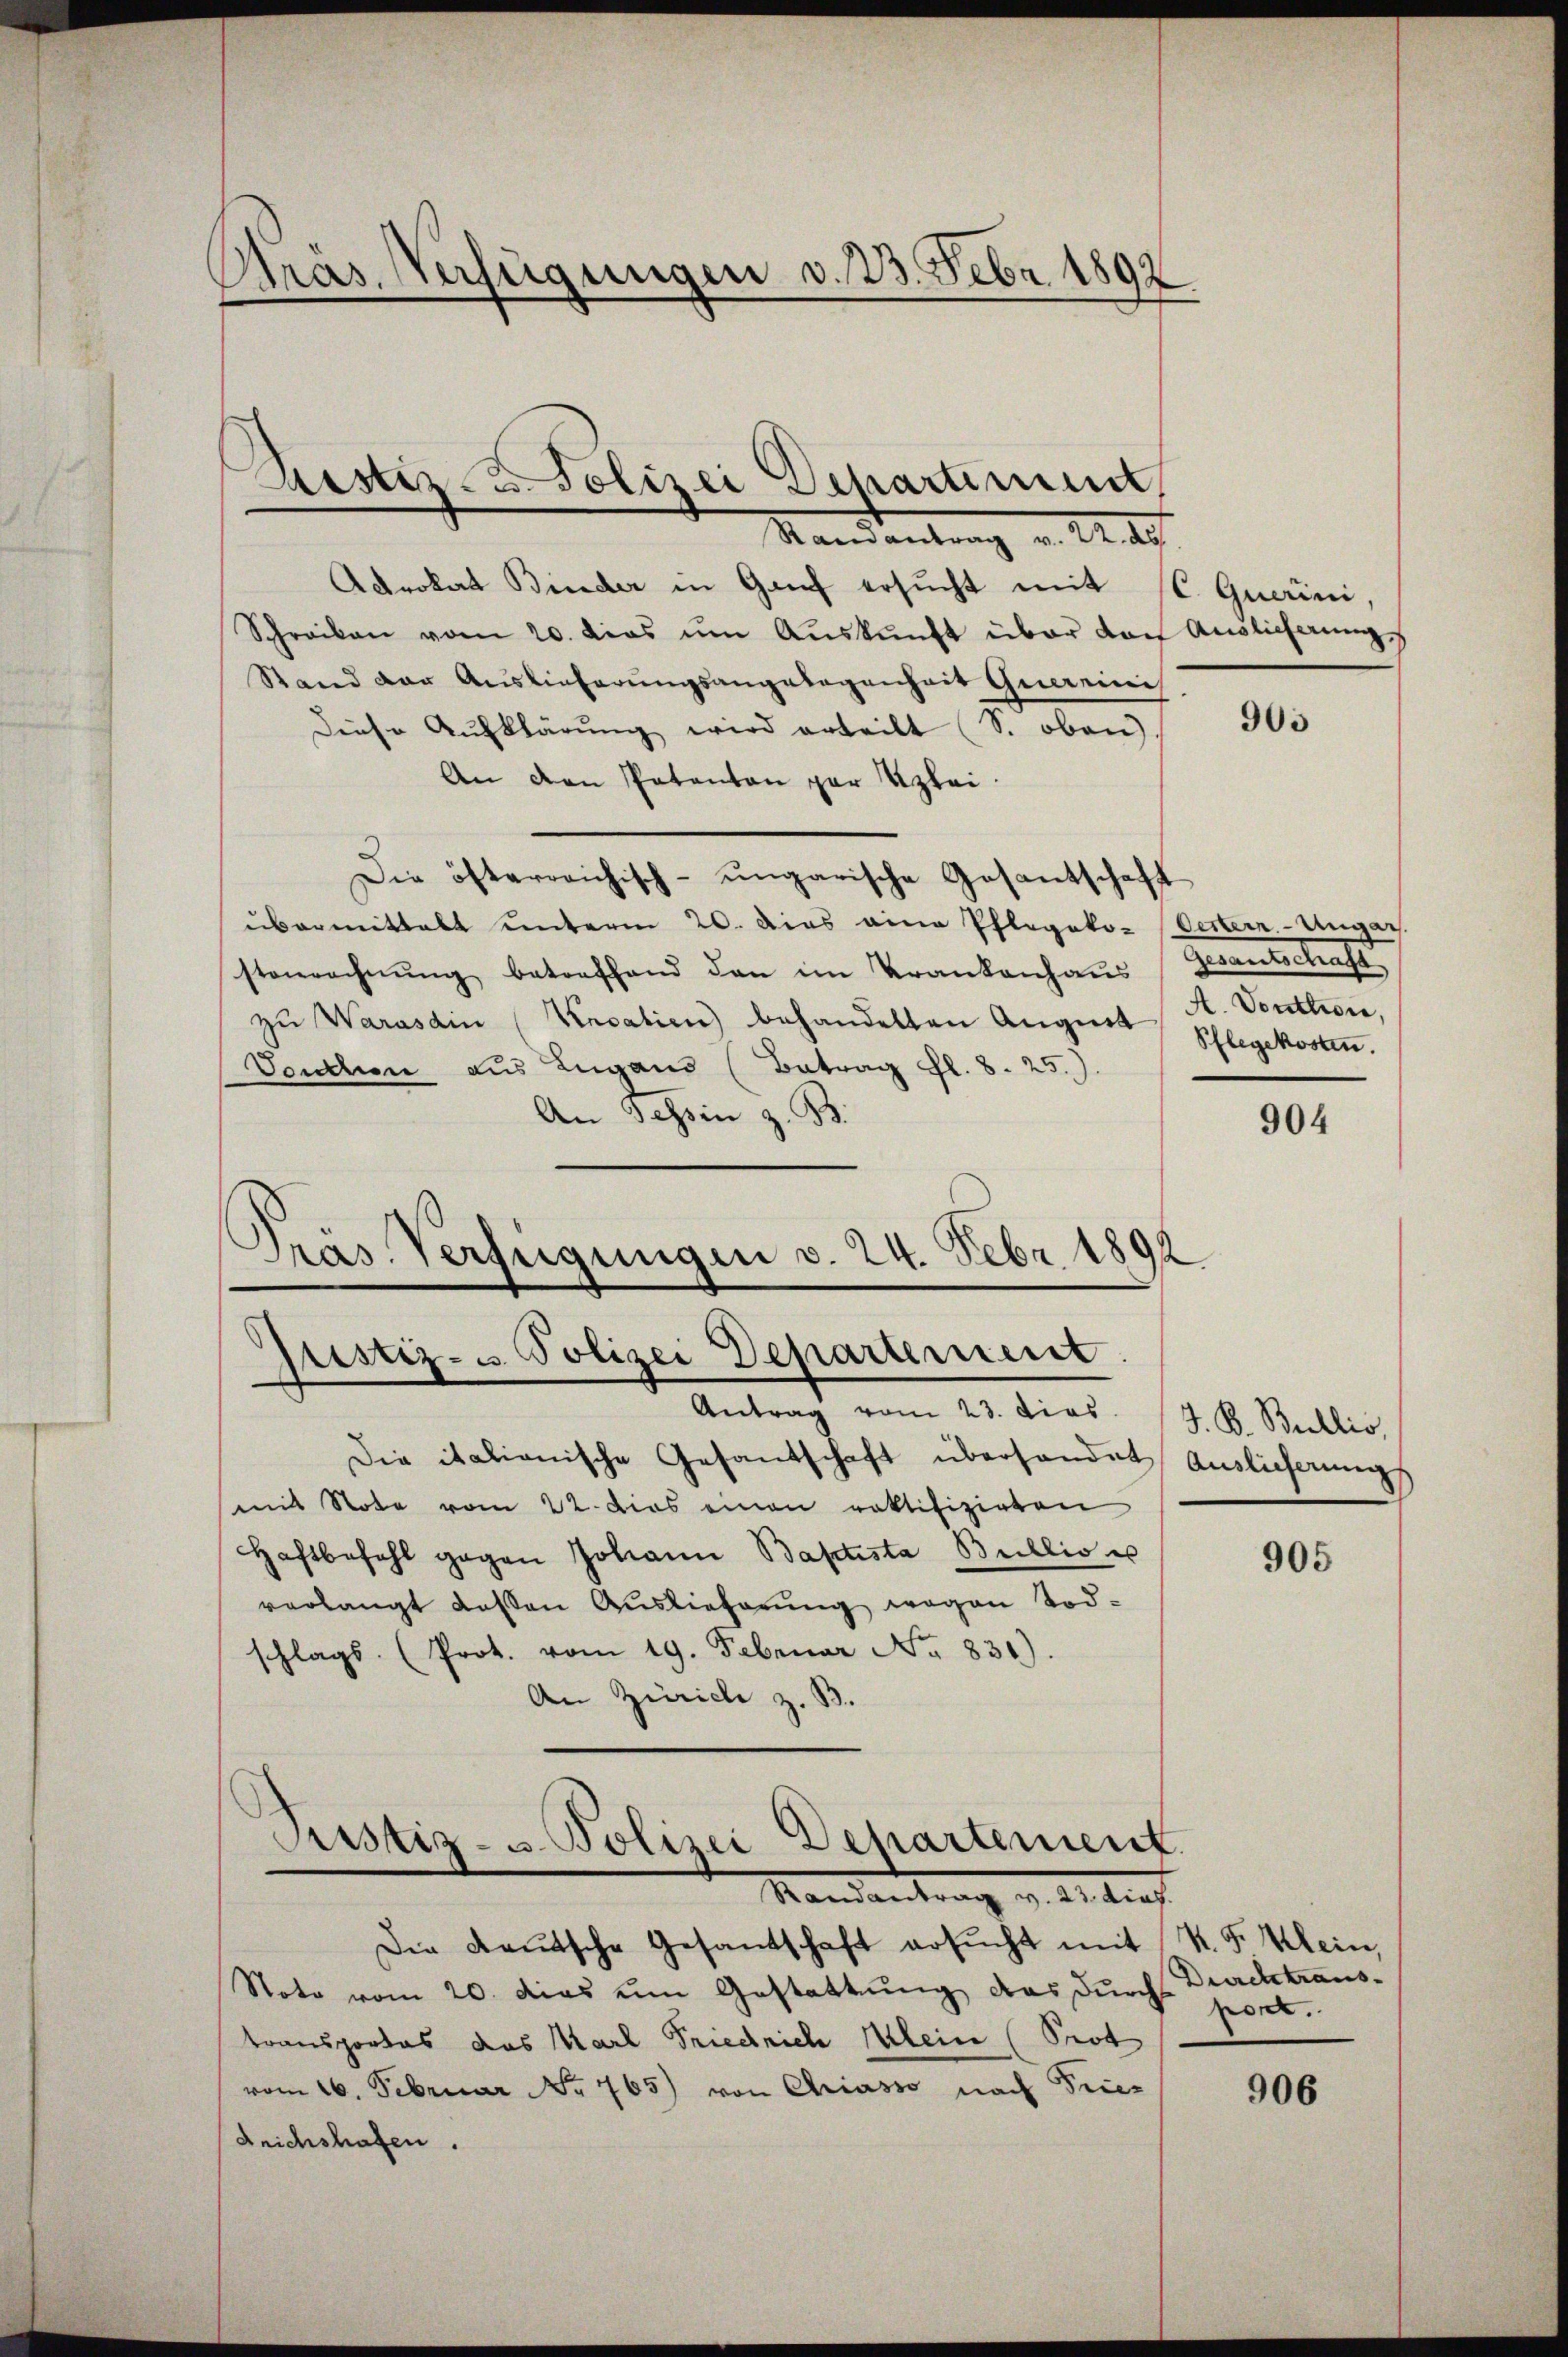
Stras Verfügungen d. 23. Febr. 1892

Ristiz- u. Polizei Departiment

Ramantrag v. 22. ds
Adrokat Binder in Genf ersŭcht mit (C. Querini.
Schreiben vom 20. dies ŭm Aŭskŭnft über den Auslieferung
Stand der Auslieferŭngsangelegenheit Quereinis
Diese Aufklärŭng wird erteilt (S. oben).
An den Patenten par Klei¬
Die öfterreichisch-ungarische Gesantschaft
übermittelt unterm 20. dies eine Pflegeko- Oestern. Ungar.
stenrechnŭng betreffend den im Krankenhaŭs
zŭ Warasdin (Vecation behandelten Augnet
Vendien aus Zugans (Betrag fl. 8. 25.)
An Tessin z. B.
Antrag vom 23. dies
Die italienische Gesandschaft überhandet Auslieferungs
mit Note vom 22. Dies einen rektifizirten
Haftbefehl gegen Johann Baptista Bullis u
verlangt dassen Auslieferung wegen Todschlags. (Prot. vom 19. Februar No. 831).
An Zürich z. B.
Justiz- u. Polizei Departement.
Randantrag v. 23. dies.
Die Leŭtsche Gesandschaft ersŭcht mit
Note vom 20. dies um Gestattung das durch Durchtranstransportas das Karl Friedrich Klein (Prot
vom 16. Februar No. 765) von Chiasso nach Pries
Reichshafen.

Pras Verfügungen v. 24. Febr. 1892
Justiz- u Polizei Departement

e

905

Grandestrafe
A. Vonttion,
Pflegekosten.

904

J. B. Wallis,

905

K. G. Klein,
port.

906